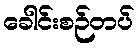
ခေါင်းစဉ်တပ်